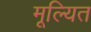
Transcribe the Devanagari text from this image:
मूल्यित